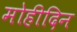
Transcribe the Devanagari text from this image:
मोहीदिन